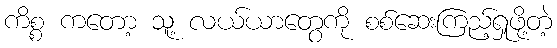
ကိစ္စ ကတော့ သူ့ လယ်ယာတွေကို စစ်ဆေးကြည့်ရှုဖို့တဲ့